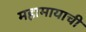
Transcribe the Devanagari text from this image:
महामायाची